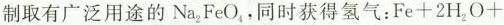
制取有广泛用途的Na_{2}FeO_{4},同时获得氢气：$$Fe+2H_{2}O+$$